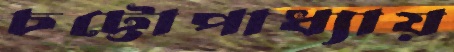
চট্টোপাধ্যায়